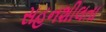
સહનશીલતા